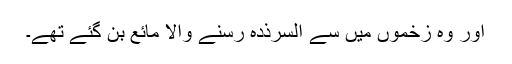
اور وہ زخموں میں سے السرذدہ رسنے والا مائع بن گئے تھے۔